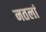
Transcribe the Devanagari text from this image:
नतलां